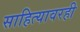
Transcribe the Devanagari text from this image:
साहित्यावरही